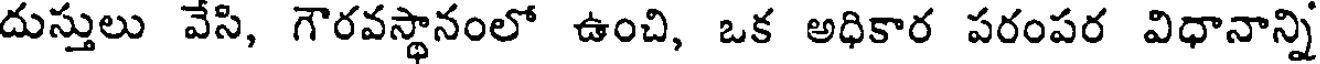
దుస్తులు వేసి, గౌరవస్థానంలో ఉంచి, ఒక అధికార పరంపర విధానాన్ని